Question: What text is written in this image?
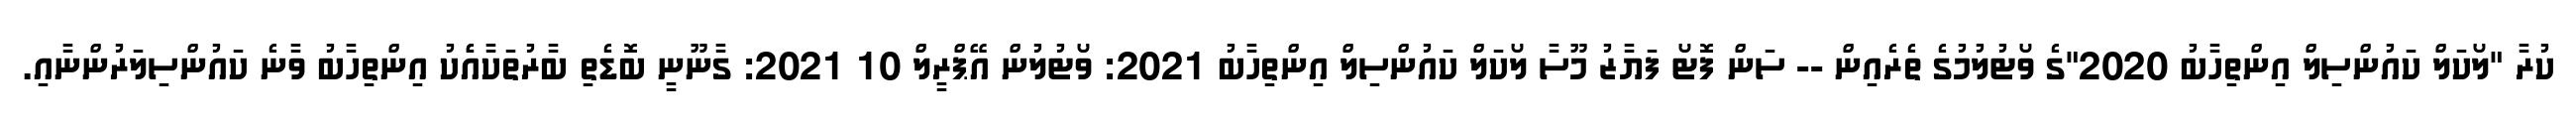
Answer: ކުރާ "ލޯކަލް ކައުންސިލް އިންތިހާބު 2020"ގެ ވޯޓުލުމުގެ ތެރެއިން -- ސަން ފޮޓޯ ފަޔާޒު މޫސާ ލޯކަލް ކައުންސިލް އިންތިހާބު 2021: ވޯޓުލުން އޭޕްރީލް 10 2021: ގާނޫނީ ބޮޑެތި ބާރުތަކާއެެކު އިންތިހާބު ވާނެ ކައުންސިލަރުންނާއި.